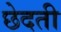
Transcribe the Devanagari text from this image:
छेदती